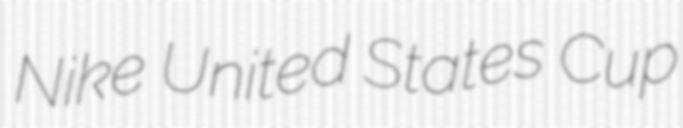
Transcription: Nike United States Cup